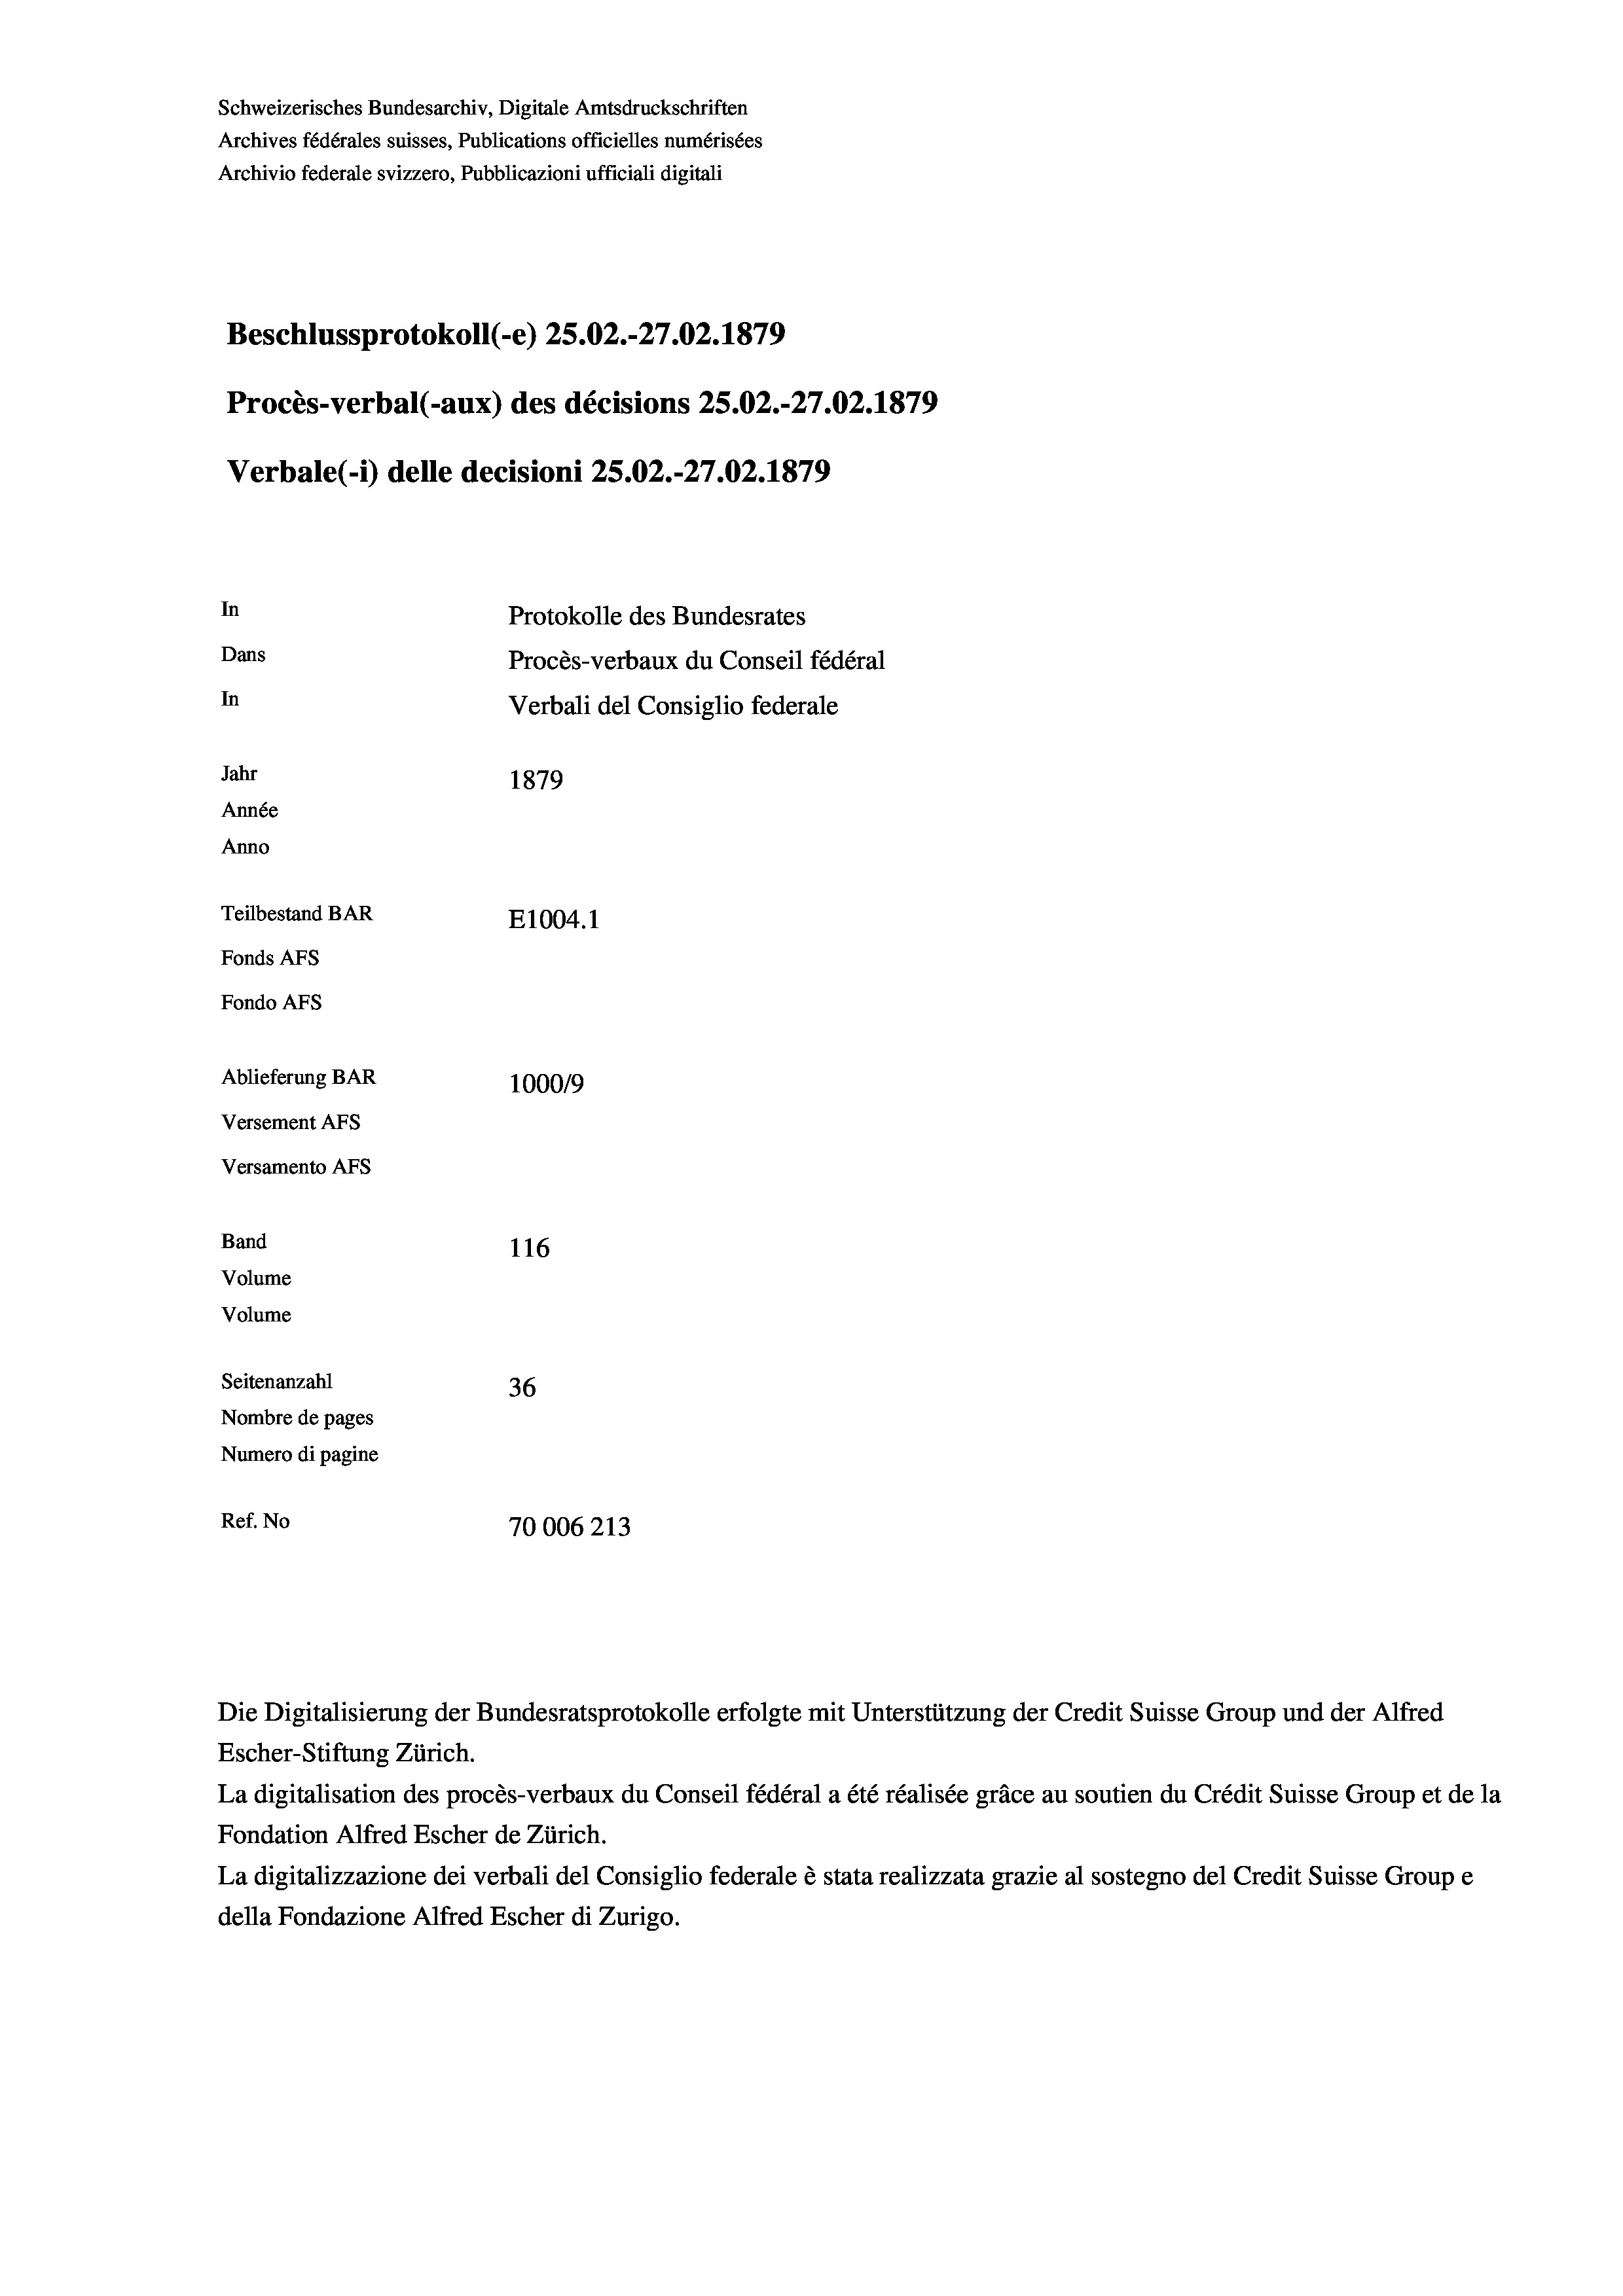
Schweizerisches Bundesarchiv, Digitale Amtsdruckschriften
Archives fédérales suisses, Publications officielles numérisées
Archivio federale svizzero, Pubblicazioni ufficiali digitali
Beschlussprotokoll (-e) 25.02.-27.02. 1879
Procès-verbal (-aux) des décisions 25.02.-27.02. 1879
Verbale (1) delle decisioni 25.02.-27.02. 1879
In
Protokolle des Bundesrates
Dans
Procès-verbaux du Conseil fédéral
In
Verbali del Consiglio federale
Jahr
1879
Année
Anno
Teilbestand BAR
E1004. 1
Fonds AFs
Fondo AFS
Ablieferung BAR
100019
Versement AFs
Versamento AFS
Band
116
Volume
Volume
Seitenanzahl
36
Nombre de pages
Numero di pagine
Ref. No
70006213

Die Digitalisierung der Bundesratsprotokolle erfolgte mit Unterstützung der Credit Suisse Group und der Alfred
Escher-Stiftung Zürich.
La digitalisation des procès-verbaux du Conseil fédéral a été réalisée gräce au soutien du Crédit Suisse Group et de la
Fondation Alfred Escher de Zürich.
La digitalizzazione dei verbali del Consiglio federale è stata realizzata grazie al sostegno del Credit Suisse Groupe
della Fondazione Alfred Escher di Zurigo.